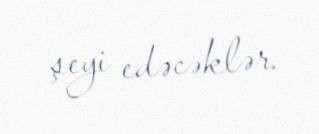
şeyi edəcəklər.